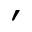
\scriptstyle \prime